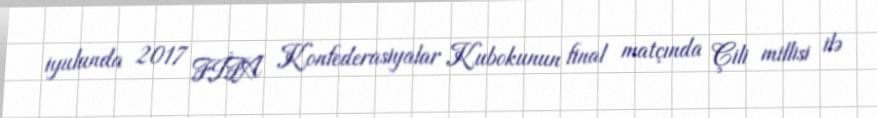
iyulunda 2017 FİFA Konfederasiyalar Kubokunun final matçında Çili millisi ilə